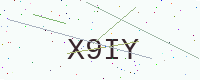
Text: X9IY